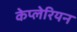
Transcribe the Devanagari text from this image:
केप्लेरियन